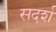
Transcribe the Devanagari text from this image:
सदर्श